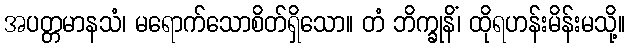
အပတ္တမာနသံ၊ မရောက်သောစိတ်ရှိသော။ တံ ဘိက္ခုနိံ၊ ထိုရဟန်းမိန်းမသို့။